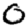
Digit: 0